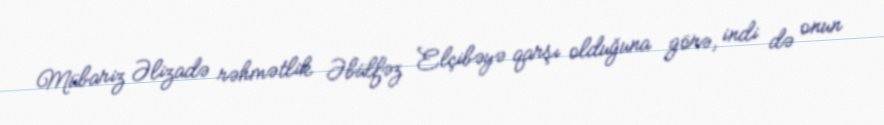
Mübariz Əlizadə rəhmətlik Əbülfəz Elçibəyə qarşı olduğuna görə, indi də onun